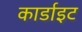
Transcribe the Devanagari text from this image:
कार्डाइट